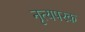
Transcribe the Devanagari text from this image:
नृत्यपरक